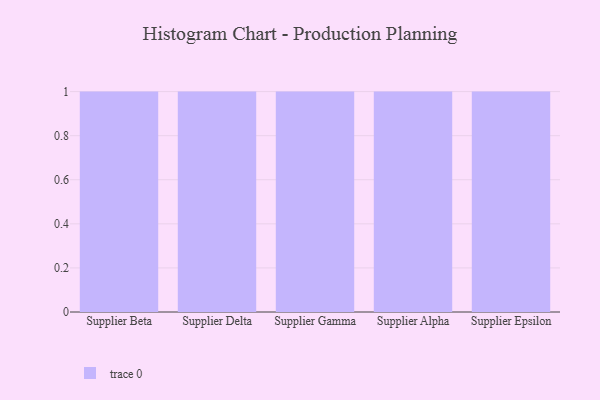
{"axis": {"x": "Supplier", "y": "Production Output"}, "legend": [""], "data": [{"x": "Supplier Beta", "y": 91, "type": ""}, {"x": "Supplier Delta", "y": 73, "type": ""}, {"x": "Supplier Gamma", "y": 19, "type": ""}, {"x": "Supplier Alpha", "y": 22, "type": ""}, {"x": "Supplier Epsilon", "y": 24, "type": ""}]}